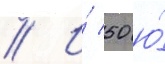
// И́ 50 ю́